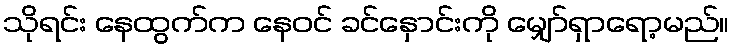
သိုရင်း နေထွက်က နေဝင် ခင်နှောင်းကို မျှော်ရှာရော့မည်။